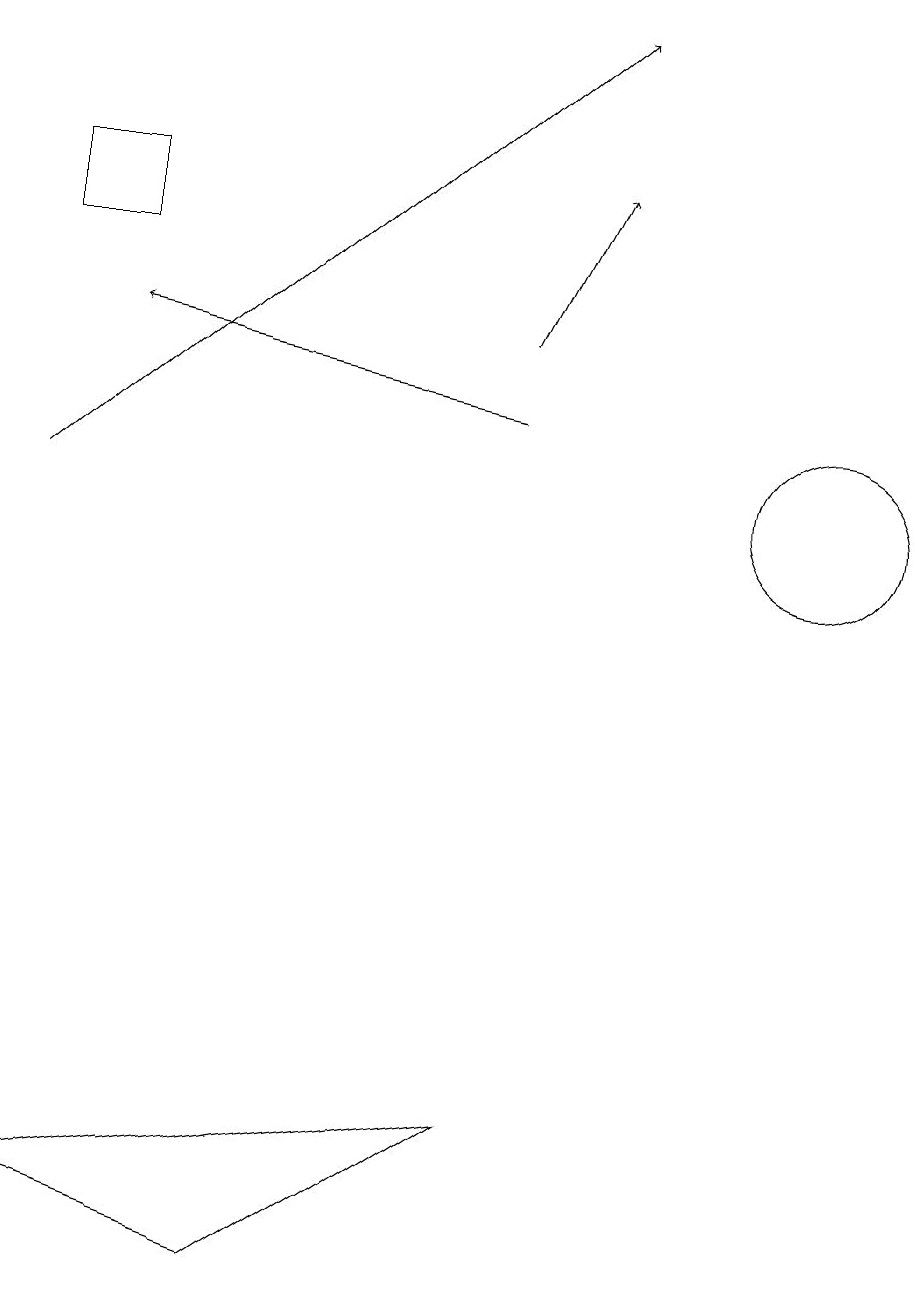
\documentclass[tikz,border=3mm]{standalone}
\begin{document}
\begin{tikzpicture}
\draw (1,16) rectangle (2,15);
\draw[->] (7,14) -- (8,16);
\draw (11,12) circle (1);
\draw[->] (7,13) -- (2,14);
\draw[->] (1,12) -- (8,18);
\draw (1,3) -- (7,4) -- (4,2) -- cycle;
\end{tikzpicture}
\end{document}